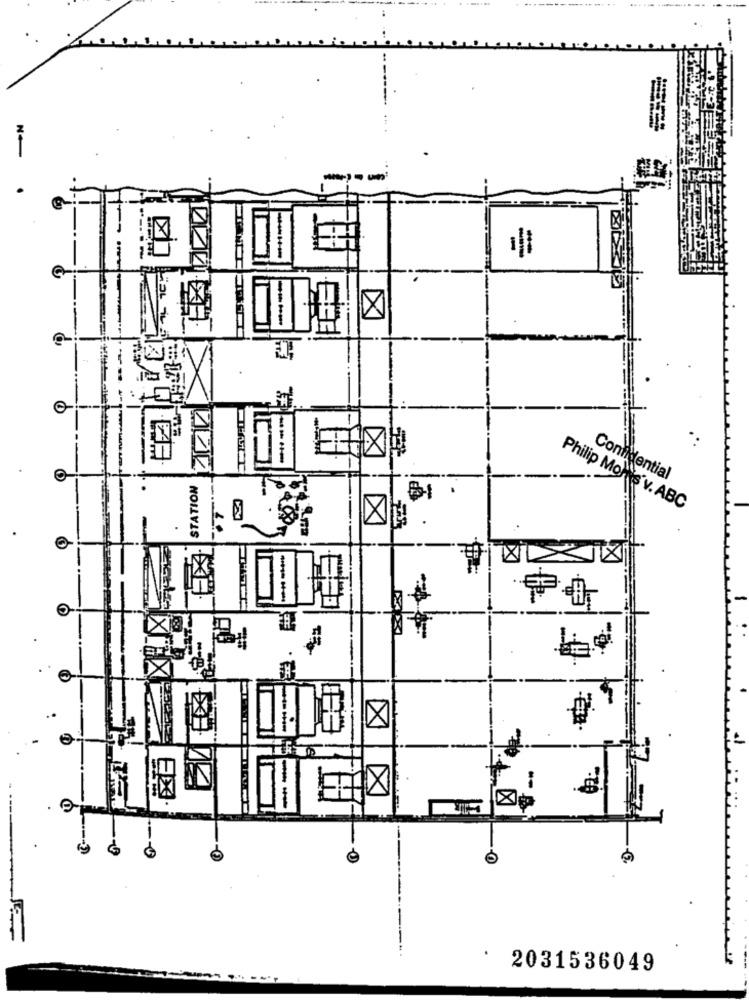
....----......
.
N
X
STATION
Confidential
Philip Morris v. ABC
E
---
10
X
.
2031536049